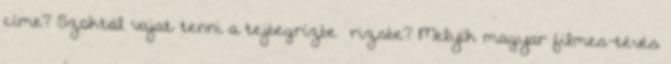
címe? Szoktál vajat tenni a tejbegrízbe rizsbe? Melyik magyar filmes-tévés